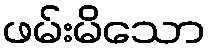
ဖမ်းမိသော